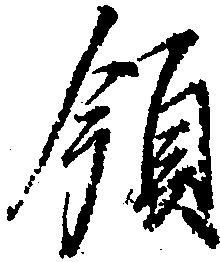
領